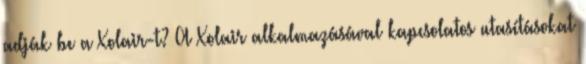
adják be a Xolair-t? A Xolair alkalmazásával kapcsolatos utasításokat